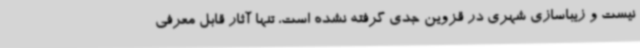
نیست و زیباسازی شهری در قزوین جدی گرفته نشده است، تنها آثار قابل معرفی